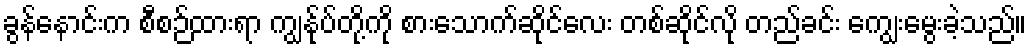
ခွန်နောင်းက စီစဉ်ထားရာ ကျွန်ုပ်တို့ကို စားသောက်ဆိုင်လေး တစ်ဆိုင်လို တည်ခင်း ကျွေးမွေးခဲ့သည်။